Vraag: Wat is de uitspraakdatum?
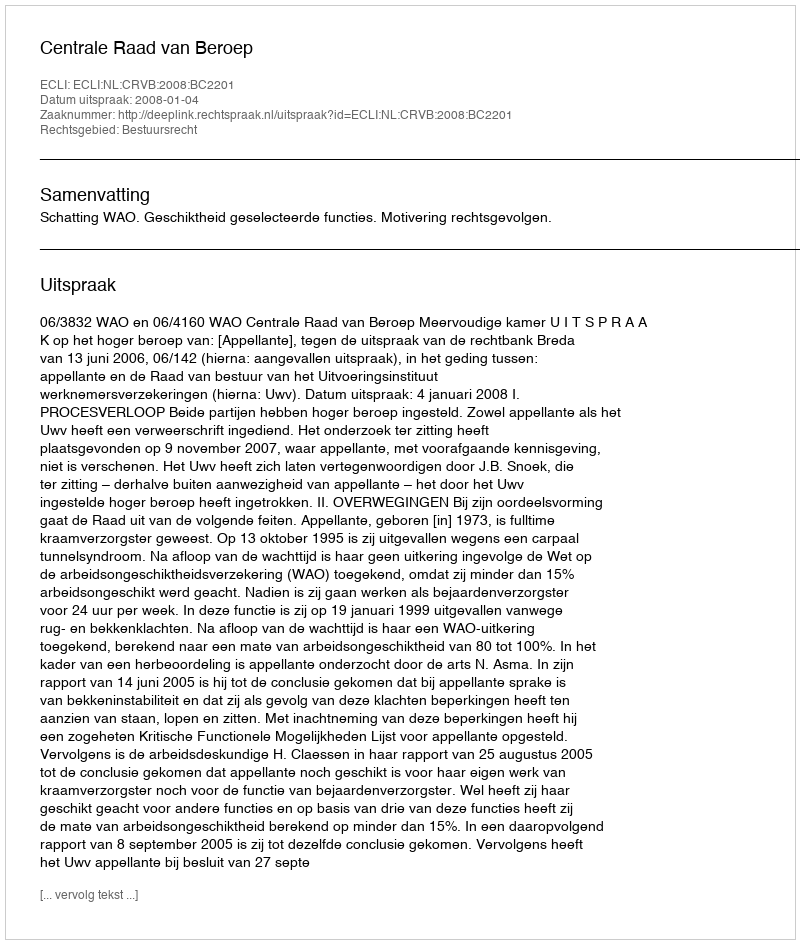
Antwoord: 2008-01-04